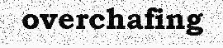
overchafing